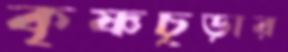
কৃষ্ণচূড়ার